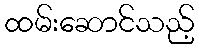
ထမ်းဆောင်သည့်